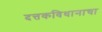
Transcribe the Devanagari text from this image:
दत्तकविधानाचा